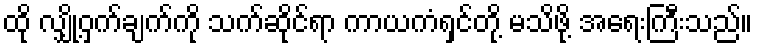
ထို လျှို့ဝှက်ချက်ကို သက်ဆိုင်ရာ ကာယကံရှင်တို့ မသိဖို့ အရေးကြီးသည်။